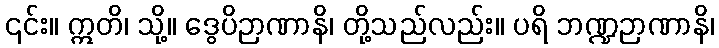
၎င်း။ ဣတိ၊ သို့။ ဒွေပိဉာဏာနိ၊ တို့သည်လည်း။ ပရိ ဘဏ္ဍဉာဏာနိ၊